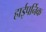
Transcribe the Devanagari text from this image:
हाईपर्निक